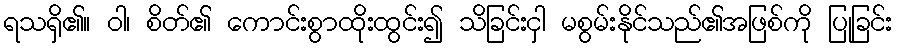
ရသရှိ၏။ ဝါ၊ စိတ်၏ ကောင်းစွာထိုးထွင်း၍ သိခြင်းငှါ မစွမ်းနိုင်သည်၏အဖြစ်ကို ပြုခြင်း